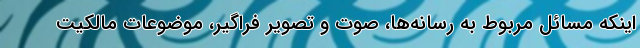
اینکه مسائل مربوط به رسانه‌ها، صوت و تصویر فراگیر، موضوعات مالکیت